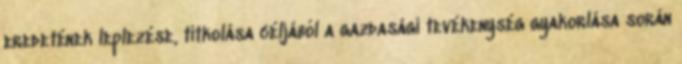
eredetének leplezése, titkolása céljából a gazdasági tevékenység gyakorlása során